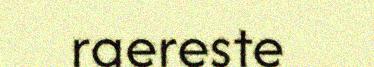
raereste